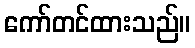
ကော်တင်ထားသည်။